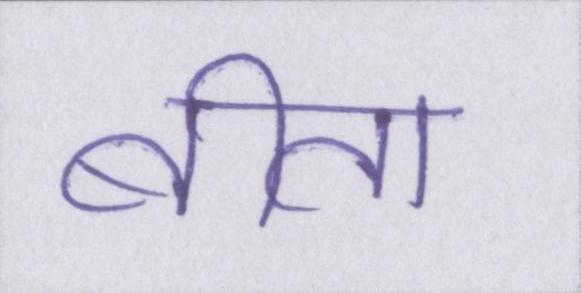
बीता